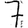
Digit: 7